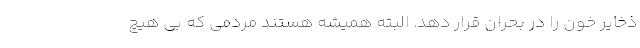
ذخایر خون را در بحران قرار دهد. البته همیشه هستند مردمی که بی هیچ